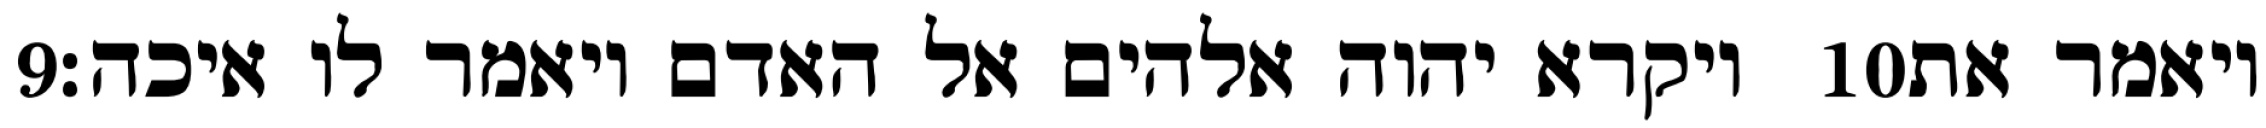
‎9‏ ויקרא יהוה אלהים אל האדם ויאמר לו איכה׃ ‎10‏ ויאמר את